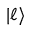
\vert \ell \rangle